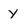
Character: y